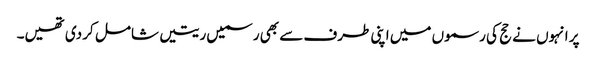
پر انہوں نے حج کی رسموں میں اپنی طرف سے بھی رسمیں ریتیں شامل کر دی تھیں۔